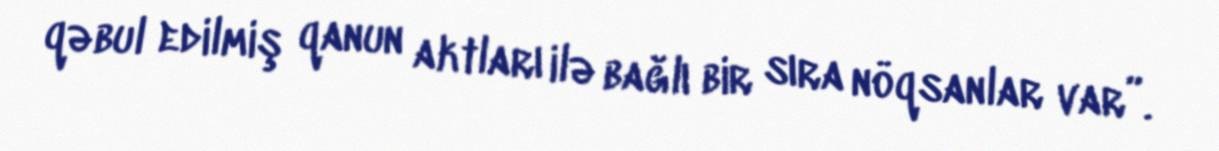
qəbul edilmiş qanun aktları ilə bağlı bir sıra nöqsanlar var”.